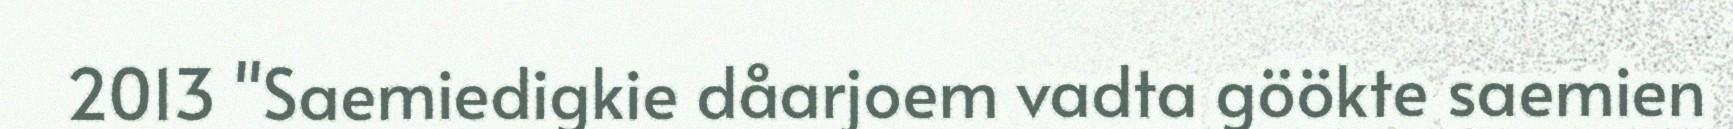
2013 "Saemiedigkie dåarjoem vadta göökte saemien